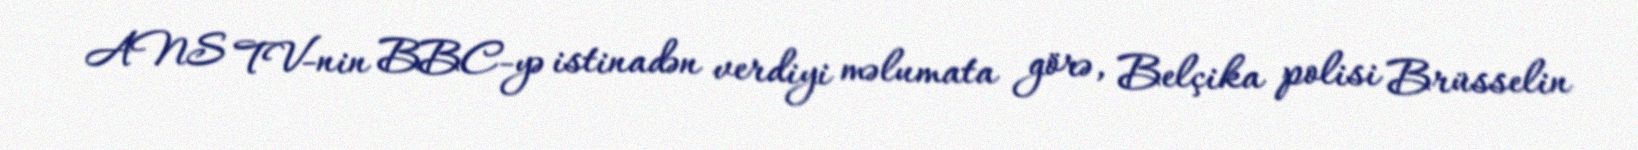
ANS TV-nin BBC-yə istinadən verdiyi məlumata görə, Belçika polisi Brüsselin